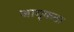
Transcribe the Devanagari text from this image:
जागृकता